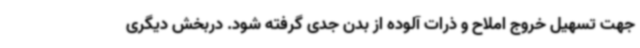
جهت تسهیل خروج املاح و ذرات آلوده از بدن جدی گرفته شود. دربخش دیگری